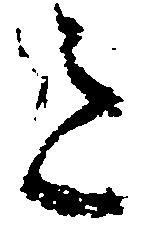
意